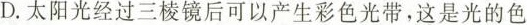
D.太阳光经过三棱镜后可以产生彩色光带，这是光的色